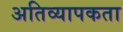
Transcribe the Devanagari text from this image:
अतिव्यापकता